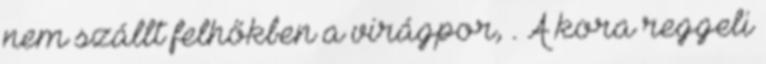
nem szállt felhőkben a virágpor, . A kora reggeli